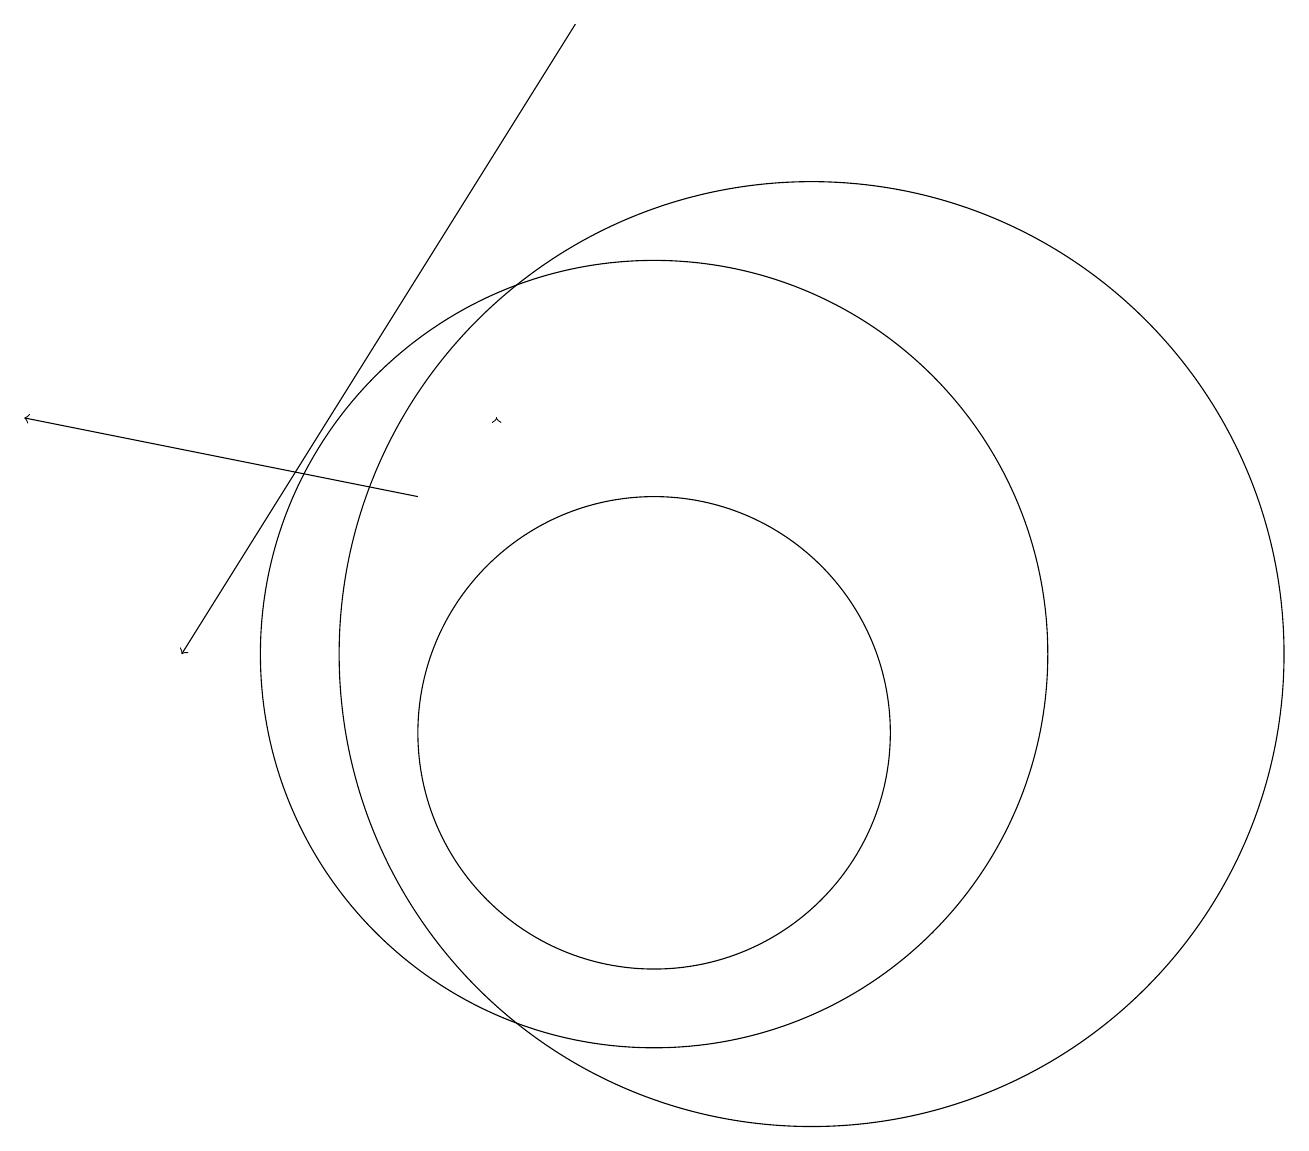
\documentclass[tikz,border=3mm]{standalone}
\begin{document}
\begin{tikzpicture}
\draw (12,11) circle (6);
\draw (10,10) circle (3);
\draw (12,10) circle (0);
\draw[->] (7,13) -- (2,14);
\draw[->] (8,14) -- (8,14);
\draw (10,11) circle (5);
\draw[->] (9,19) -- (4,11);
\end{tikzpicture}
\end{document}